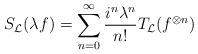
LaTeX: \begin{align*}S_{\cal L}(\lambda f)=\sum_{n=0}^\infty\frac{i^n\lambda^n}{n!}T_{\cal L}(f^{\otimes n}) \end{align*}